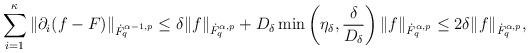
LaTeX: \begin{align*}\sum_{i=1}^{\kappa} \|\partial_i(f-F)\|_{\dot{F}^{\alpha-1, p}_q} \leq \delta \|f\|_{\dot{F}^{\alpha, p}_q} + D_{\delta}\min\left(\eta_{\delta},\frac{\delta}{D_{\delta}} \right) \|f\|_{\dot{F}^{\alpha, p}_q}\leq 2 \delta \|f\|_{\dot{F}^{\alpha, p}_q},\end{align*}